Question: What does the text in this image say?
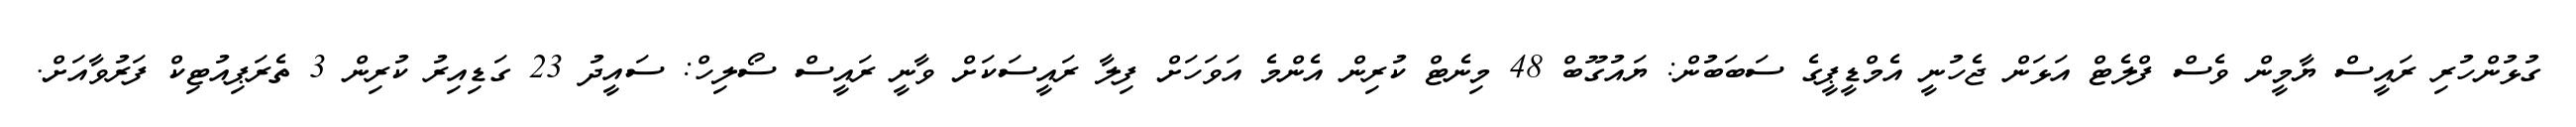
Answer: ގުޅުންހުރި ރައީސް ޔާމީން ވެސް ފްލެޓް އަޅަން ޖެހުނީ އެމްޑީޕީގެ ސަބަބުން: ޔައުގޫބް 48 މިނެޓް ކުރިން އެންމެ އަވަހަށް ފިލާ ރައީސަކަށް ވާނީ ރައީސް ސޯލިހް: ސައީދު 23 ގަޑިއިރު ކުރިން 3 ތެރަޕިއުޓިކް ފަރުވާއަށް.